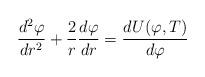
LaTeX: \begin{align*}{d^2\varphi \over dr^2} + {2 \over r }{d\varphi \over dr}= {dU(\varphi,T) \over d\varphi } \end{align*}